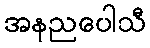
အနညပေါသီ